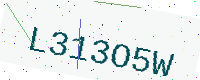
Text: L313O5W